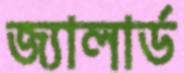
জ্যালার্ড